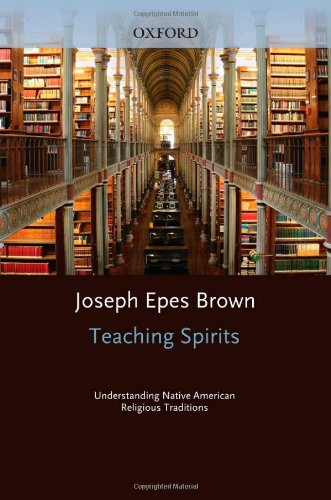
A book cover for Teaching Spirits: Understanding Native American Religious Traditions; Joseph Brown; Christian Books & Bibles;